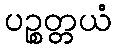
ပဉ္စတ္တယံ